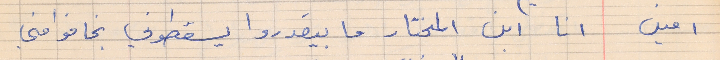
امين    انا ابن المختار ما بيقدروا يسقطوني بخافوا مني